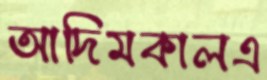
আদিমকালএ